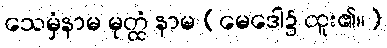
သေမှံနာမ မုတ္ထံ နာမ (မေဒေါ၌ ထူး၏။)